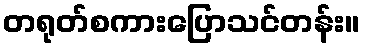
တရုတ်စကားပြောသင်တန်း။